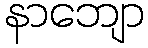
နာဘျော